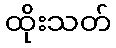
ထိုးသတ်